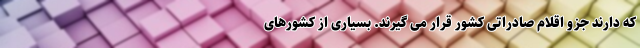
که دارند جزو اقلام صادراتی کشور قرار می گیرند. بسیاری از کشورهای